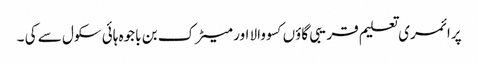
پرا ئمری تعلیم قریبی گاؤں کسو والا اور میٹرک بن باجوہ ہائی سکول سے کی ۔